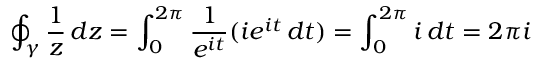
\oint _ { \gamma } { \frac { 1 } { z } } \, d z = \int _ { 0 } ^ { 2 \pi } { \frac { 1 } { e ^ { i t } } } ( i e ^ { i t } \, d t ) = \int _ { 0 } ^ { 2 \pi } i \, d t = 2 \pi i